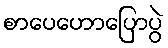
စာပေဟောပြောပွဲ